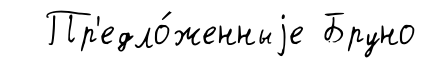
Пр'едло́женныjе Бруно